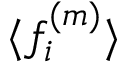
\langle f _ { i } ^ { ( m ) } \rangle